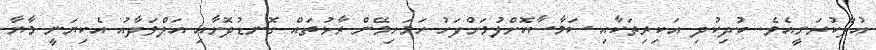
އުފާކުރަނީއެވެ. ކުދިކުދި އަކިރިތަކާއި ސަމާސާކޮށްލުމަށްފަހު ހަމަހިމޭން ރާޅުތައް ގޮނޑުދޮށާއި އަލްވަދާއު އެކިޔަނީ މާޔާ